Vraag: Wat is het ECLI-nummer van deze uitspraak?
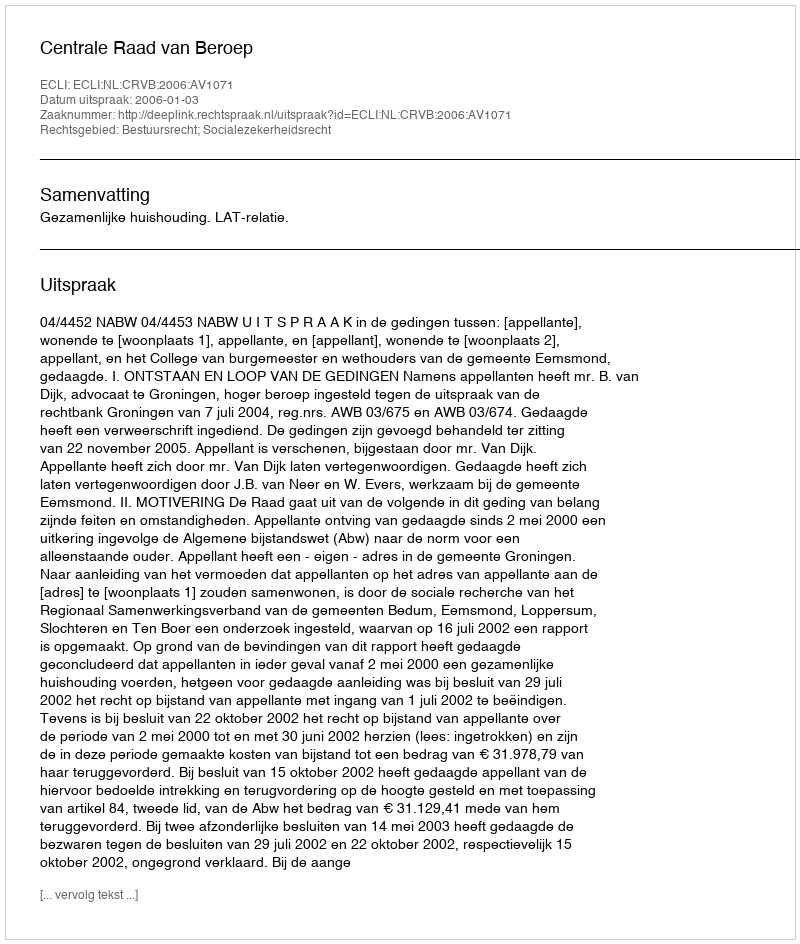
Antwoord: ECLI:NL:CRVB:2006:AV1071